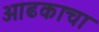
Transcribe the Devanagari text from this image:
आढकाचा